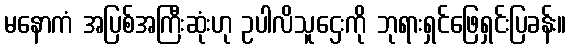
မနောကံ အပြစ်အကြီးဆုံးဟု ဥပါလိသူဌေးကို ဘုရားရှင်ဖြေရှင်းပြခန်း။